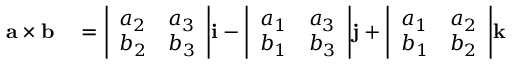
\begin{array} { r l } { \mathbf { a \times b } } & { { } = { \left| \begin{array} { l l } { a _ { 2 } } & { a _ { 3 } } \\ { b _ { 2 } } & { b _ { 3 } } \end{array} \right| } \mathbf { i } - { \left| \begin{array} { l l } { a _ { 1 } } & { a _ { 3 } } \\ { b _ { 1 } } & { b _ { 3 } } \end{array} \right| } \mathbf { j } + { \left| \begin{array} { l l } { a _ { 1 } } & { a _ { 2 } } \\ { b _ { 1 } } & { b _ { 2 } } \end{array} \right| } \mathbf { k } } \end{array}